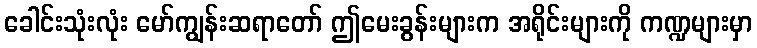
ခေါင်းသုံးလုံး မော်ကျွန်းဆရာတော် ဤမေးခွန်းများက အရိုင်းများကို ကဏ္ဍများမှာ